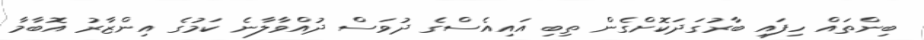
ބިންތައް ހިފައި ބާރުގަދަކޮށްގެން ތިބި އައިއެސްގެ ދުވަސް ދުއްވާލާނެ ކަމުގެ އިންޒާރު އޮބާމާ